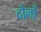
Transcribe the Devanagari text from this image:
दोलों